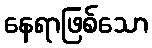
နေရာဖြစ်သော